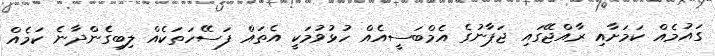
ގައުމެއް ކަމަށާއި ރާއްޖޭގައި ޖަޕާނުގެ އެމްބަސީއެއް ހުޅުވުމަކީ އެތައް ފަސޭހަތަކެއް ލިބިގެންދާނެ ކަމެއް